Indian journal of veterinary science and animal husbandry - Volumes 22-23, 1952-1953
Year: 1952
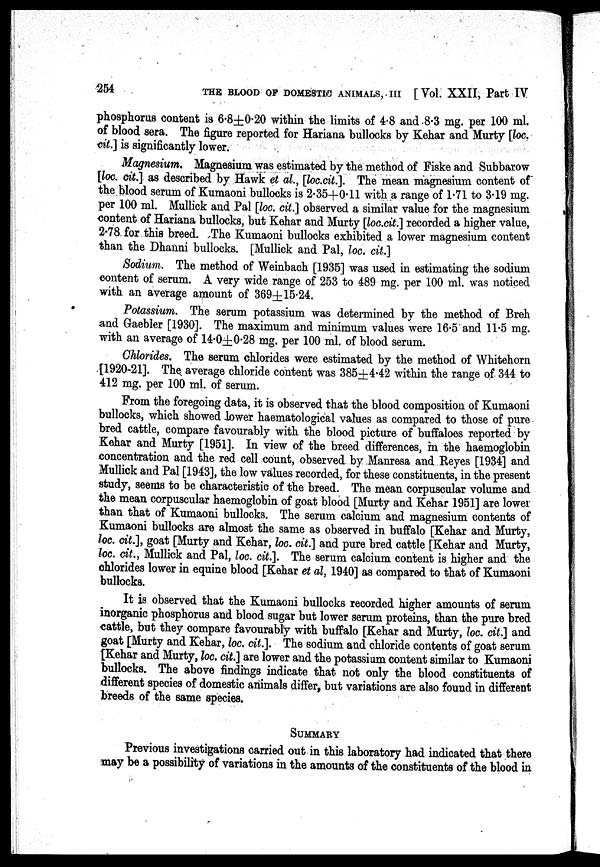
254
THE BLOOD OF DOMESTIC ANIMALS, III [ Vol. XXII, Part IV
phosphorus content is 6.8±0.20 within the limits of 4.8 and 8.3 mg. per 100 ml.
of blood sera. The figure reported for Hariana bullocks by Kehar and Murty [loc.
cit.] is significantly lower.
Magnesium. Magnesium was estimated by the method of Fiske and Subbarow
[loc. cit.] as described by Hawk et al, [loc.cit.]. The mean magnesium content of"
the blood serum of Kumaoni bullocks is 2.35+0.11 with a range of 1.71 to 3.19 mg.
per 100 ml. Mullick and Pal [loc. cit.] observed a similar value for the magnesium
content of Hariana bullocks, but Kehar and Murty [loc.cit.] recorded a higher value,
2.78 for this breed. The Kumaoni bullocks exhibited a lower magnesium content
than the Dhanni bullocks. [Mullick and Pal, loc. cit.]
Sodium. The method of Weinbach [1935] was used in estimating the sodium
content of serum. A very wide range of 253 to 489 mg. per 100 ml. was noticed
with an average amount of 369±15.24.
Potassium. The serum potassium was determined by the method of Breh
and Gaebler [1930]. The maximum and minimum values were 16.5 and 11.5 mg.
with an average of 14.0±0.28 mg. per 100 ml. of blood serum.
Chlorides. The serum chlorides were estimated by the method of Whitehorn
[1920-21]. The average chloride content was 385±4.42 within the range of 344 to
412 mg. per 100 ml. of serum.
From the foregoing data, it is observed that the blood composition of Kumaoni
bullocks, which showed lower haematological values as compared to those of pure
bred cattle, compare favourably with the blood picture of buffaloes reported by
Kehar and Murty [1951]. In view of the breed differences, in the haemoglobin
concentration and the red cell count, observed by Manresa and Reyes [1934] and
Mullick and Pal [1943], the low values recorded, for these constituents, in the present
study, seems to be characteristic of the breed. The mean corpuscular volume and
the mean corpuscular haemoglobin of goat blood [Murty and Kehar 1951] are lower
than that of Kumaoni bullocks. The serum calcium and magnesium contents of
Kumaoni bullocks are almost the same as observed in buffalo [Kehar and Murty,
loc. cit.], goat [Murty and Kehar, loc. cit.] and pure bred cattle [Kehar and Murty,
loc. cit., Mullick and Pal, loc. cit.]. The serum calcium content is higher and the
chlorides lower in equine blood [Kehar et al, 1940] as compared to that of Kumaoni
bullocks.
It is observed that the Kumaoni bullocks recorded higher amounts of serum
inorganic phosphorus and blood sugar but lower serum proteins, than the pure bred
cattle, but they compare favourably with buffalo [Kehar and Murty, loc. cit.] and
goat [Murty and Kehar, loc. cit.]. The sodium and chloride contents of goat serum
[Kehar and Murty, loc. cit.] are lower and the potassium content similar to Kumaoni
bullocks. The above findings indicate that not only the blood constituents of
different species of domestic animals differ, but variations are also found in different
breeds of the same species.
SUMMARY
Previous investigations carried out in this laboratory had indicated that there
may be a possibility of variations in the amounts of the constituents of the blood in